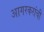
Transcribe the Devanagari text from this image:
आगरकरांची